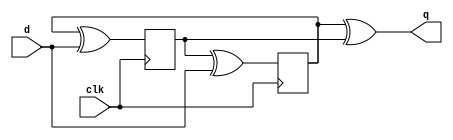
`timescale 1ns / 1ps
//////////////////////////////////////////////////////////////////////////////////
// Company: 
// Engineer: 
// 
// Design Name: 
// Module Name: doub_edge_ff
// Project Name: 
// Target Devices: 
// Tool Versions: 
// Description: 
// 
// Dependencies: 
// 
// Revision:
// Revision 0.01 - File Created
// Additional Comments:
// 
//////////////////////////////////////////////////////////////////////////////////


module doub_edge_ff (
    input clk,
    input d,
    output q
);
    reg q1,q2;
    always @ (posedge clk) begin
    	q1 <= q2^d; 
    end
    
    always @ (negedge clk) begin
    	q2 <= q1^d; 
    end
    
    assign q = q1^q2; 
endmodule